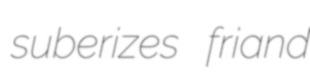
suberizes friand